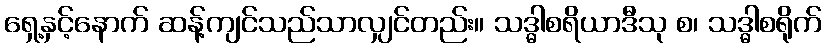
ရှေ့နှင့်နောက် ဆန့်ကျင်သည်သာလျှင်တည်း။ သဒ္ဓါစရိယာဒီသု စ၊ သဒ္ဓါစရိုက်